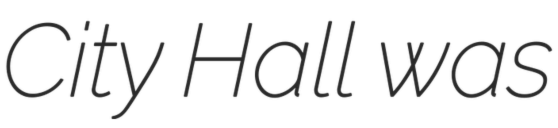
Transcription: City Hall was